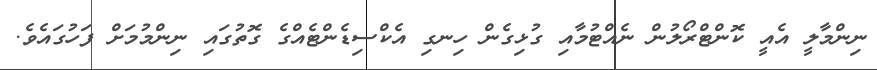
ނިންމާލީ އެއީ ކޮންޓްރޯލުން ނެއްޓުމާއި ގުޅިގެން ހިނގި އެކްސިޑެންޓެއްގެ ގޮތުގައި ނިންމުމަށް ފަހުގައެވެ.